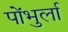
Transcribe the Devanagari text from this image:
पोंभुर्ला